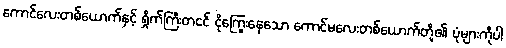
ကောင်လေးတစ်ယောက်နှင့် ရှိုက်ကြီးတငင် ငိုကြွေးနေသော ကောင်မလေးတစ်ယောက်တို့၏ ပုံများကိုပါ